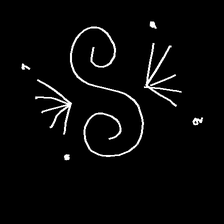
Glyph: aeroform